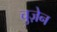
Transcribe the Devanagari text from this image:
चुज़ेन